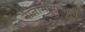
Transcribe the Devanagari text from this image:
नालासोपाऱ्याला